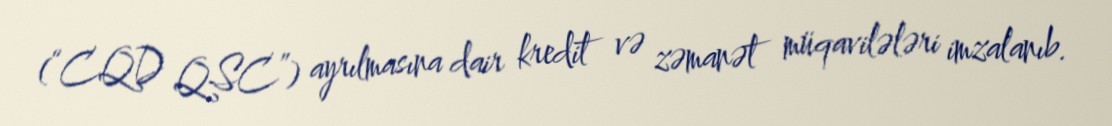
(“CQD QSC”) ayrılmasına dair kredit və zəmanət müqavilələri imzalanıb.